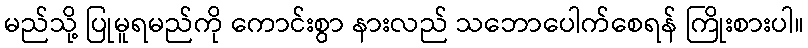
မည်သို့ ပြုမူရမည်ကို ကောင်းစွာ နားလည် သဘောပေါက်စေရန် ကြိုးစားပါ။